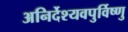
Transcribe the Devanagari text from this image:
अनिर्देश्यवपुर्विष्णु